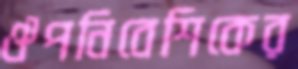
ঔপনিবেশিকের